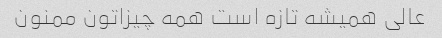
عالی همیشه تازه است همه چیزاتون ممنون